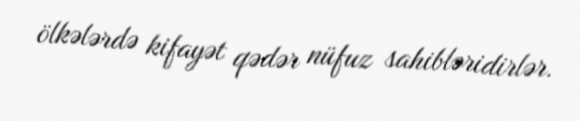
ölkələrdə kifayət qədər nüfuz sahibləridirlər.